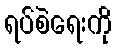
ရပ်စဲရေးကို